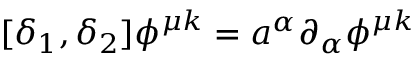
[ \delta _ { 1 } , \delta _ { 2 } ] \phi ^ { \mu k } = a ^ { \alpha } \partial _ { \alpha } \phi ^ { \mu k }